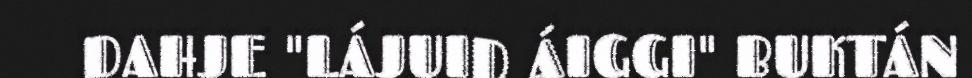
DAHJE "LÁJUID ÁIGGI" BUKTÁN